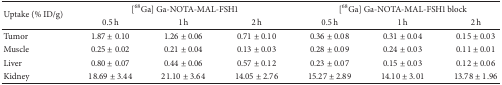
| <ROWSPAN=2> Uptake (% ID/g) | <COLSPAN=3> [68Ga] Ga-NOTA-MAL-FSH1 | <COLSPAN=3> [68Ga] Ga-NOTA-MAL-FSH1 block |
 | 0.5 h | 1 h | 2 h | 0.5 h | 1 h | 2 h |
 | --- | --- | --- | --- | --- | --- | --- |
 | Tumor | 1.87 ± 0.10 | 1.26 ± 0.06 | 0.71 ± 0.10 | 0.36 ± 0.08 | 0.31 ± 0.04 | 0.15 ± 0.03 |
 | Muscle | 0.25 ± 0.02 | 0.21 ± 0.04 | 0.13 ± 0.03 | 0.28 ± 0.09 | 0.24 ± 0.03 | 0.11 ± 0.01 |
 | Liver | 0.80 ± 0.07 | 0.44 ± 0.06 | 0.57 ± 0.12 | 0.23 ± 0.07 | 0.15 ± 0.03 | 0.12 ± 0.06 |
 | Kidney | 18.69 ± 3.44 | 21.10 ± 3.64 | 14.05 ± 2.76 | 15.27 ± 2.89 | 14.10 ± 3.01 | 13.78 ± 1.96 |